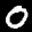
Digit: 0